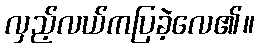
လှည့်လယ်ကပြခဲ့လေ၏။